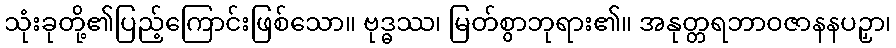
သုံးခုတို့၏ပြည့်ကြောင်းဖြစ်သော။ ဗုဒ္ဓဿ၊ မြတ်စွာဘုရား၏။ အနုတ္တရဘာဝဇာနနပဉှာ၊